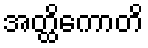
အတ္ထိကောတိ